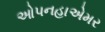
ઓપનહાએમર